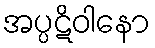
အပ္ပဋိဝါနော